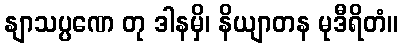
နျာသပ္ပဏေ တု ဒါနမှိ၊ နိယျာတန မုဒီရိတံ။